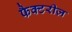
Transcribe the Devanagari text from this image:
फैक्टरीज़